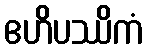
ဧဟိပဿိကံ